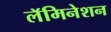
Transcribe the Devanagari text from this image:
लॅमिनेशन